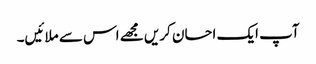
آپ ایک احسان کریں مجھے اس سے ملائیں۔